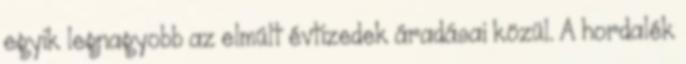
egyik legnagyobb az elmúlt évtizedek áradásai közül. A hordalék